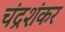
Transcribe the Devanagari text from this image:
चंद्रशंकर